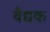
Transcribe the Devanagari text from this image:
बैद्यक